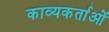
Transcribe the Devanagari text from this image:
काव्यकर्ताओं